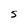
Character: S